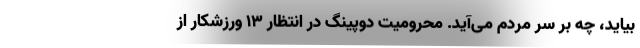
بیاید، چه بر سر مردم می‌آید. محرومیت دوپینگ در انتظار ۱۳ ورزشکار از